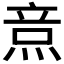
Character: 𤉿